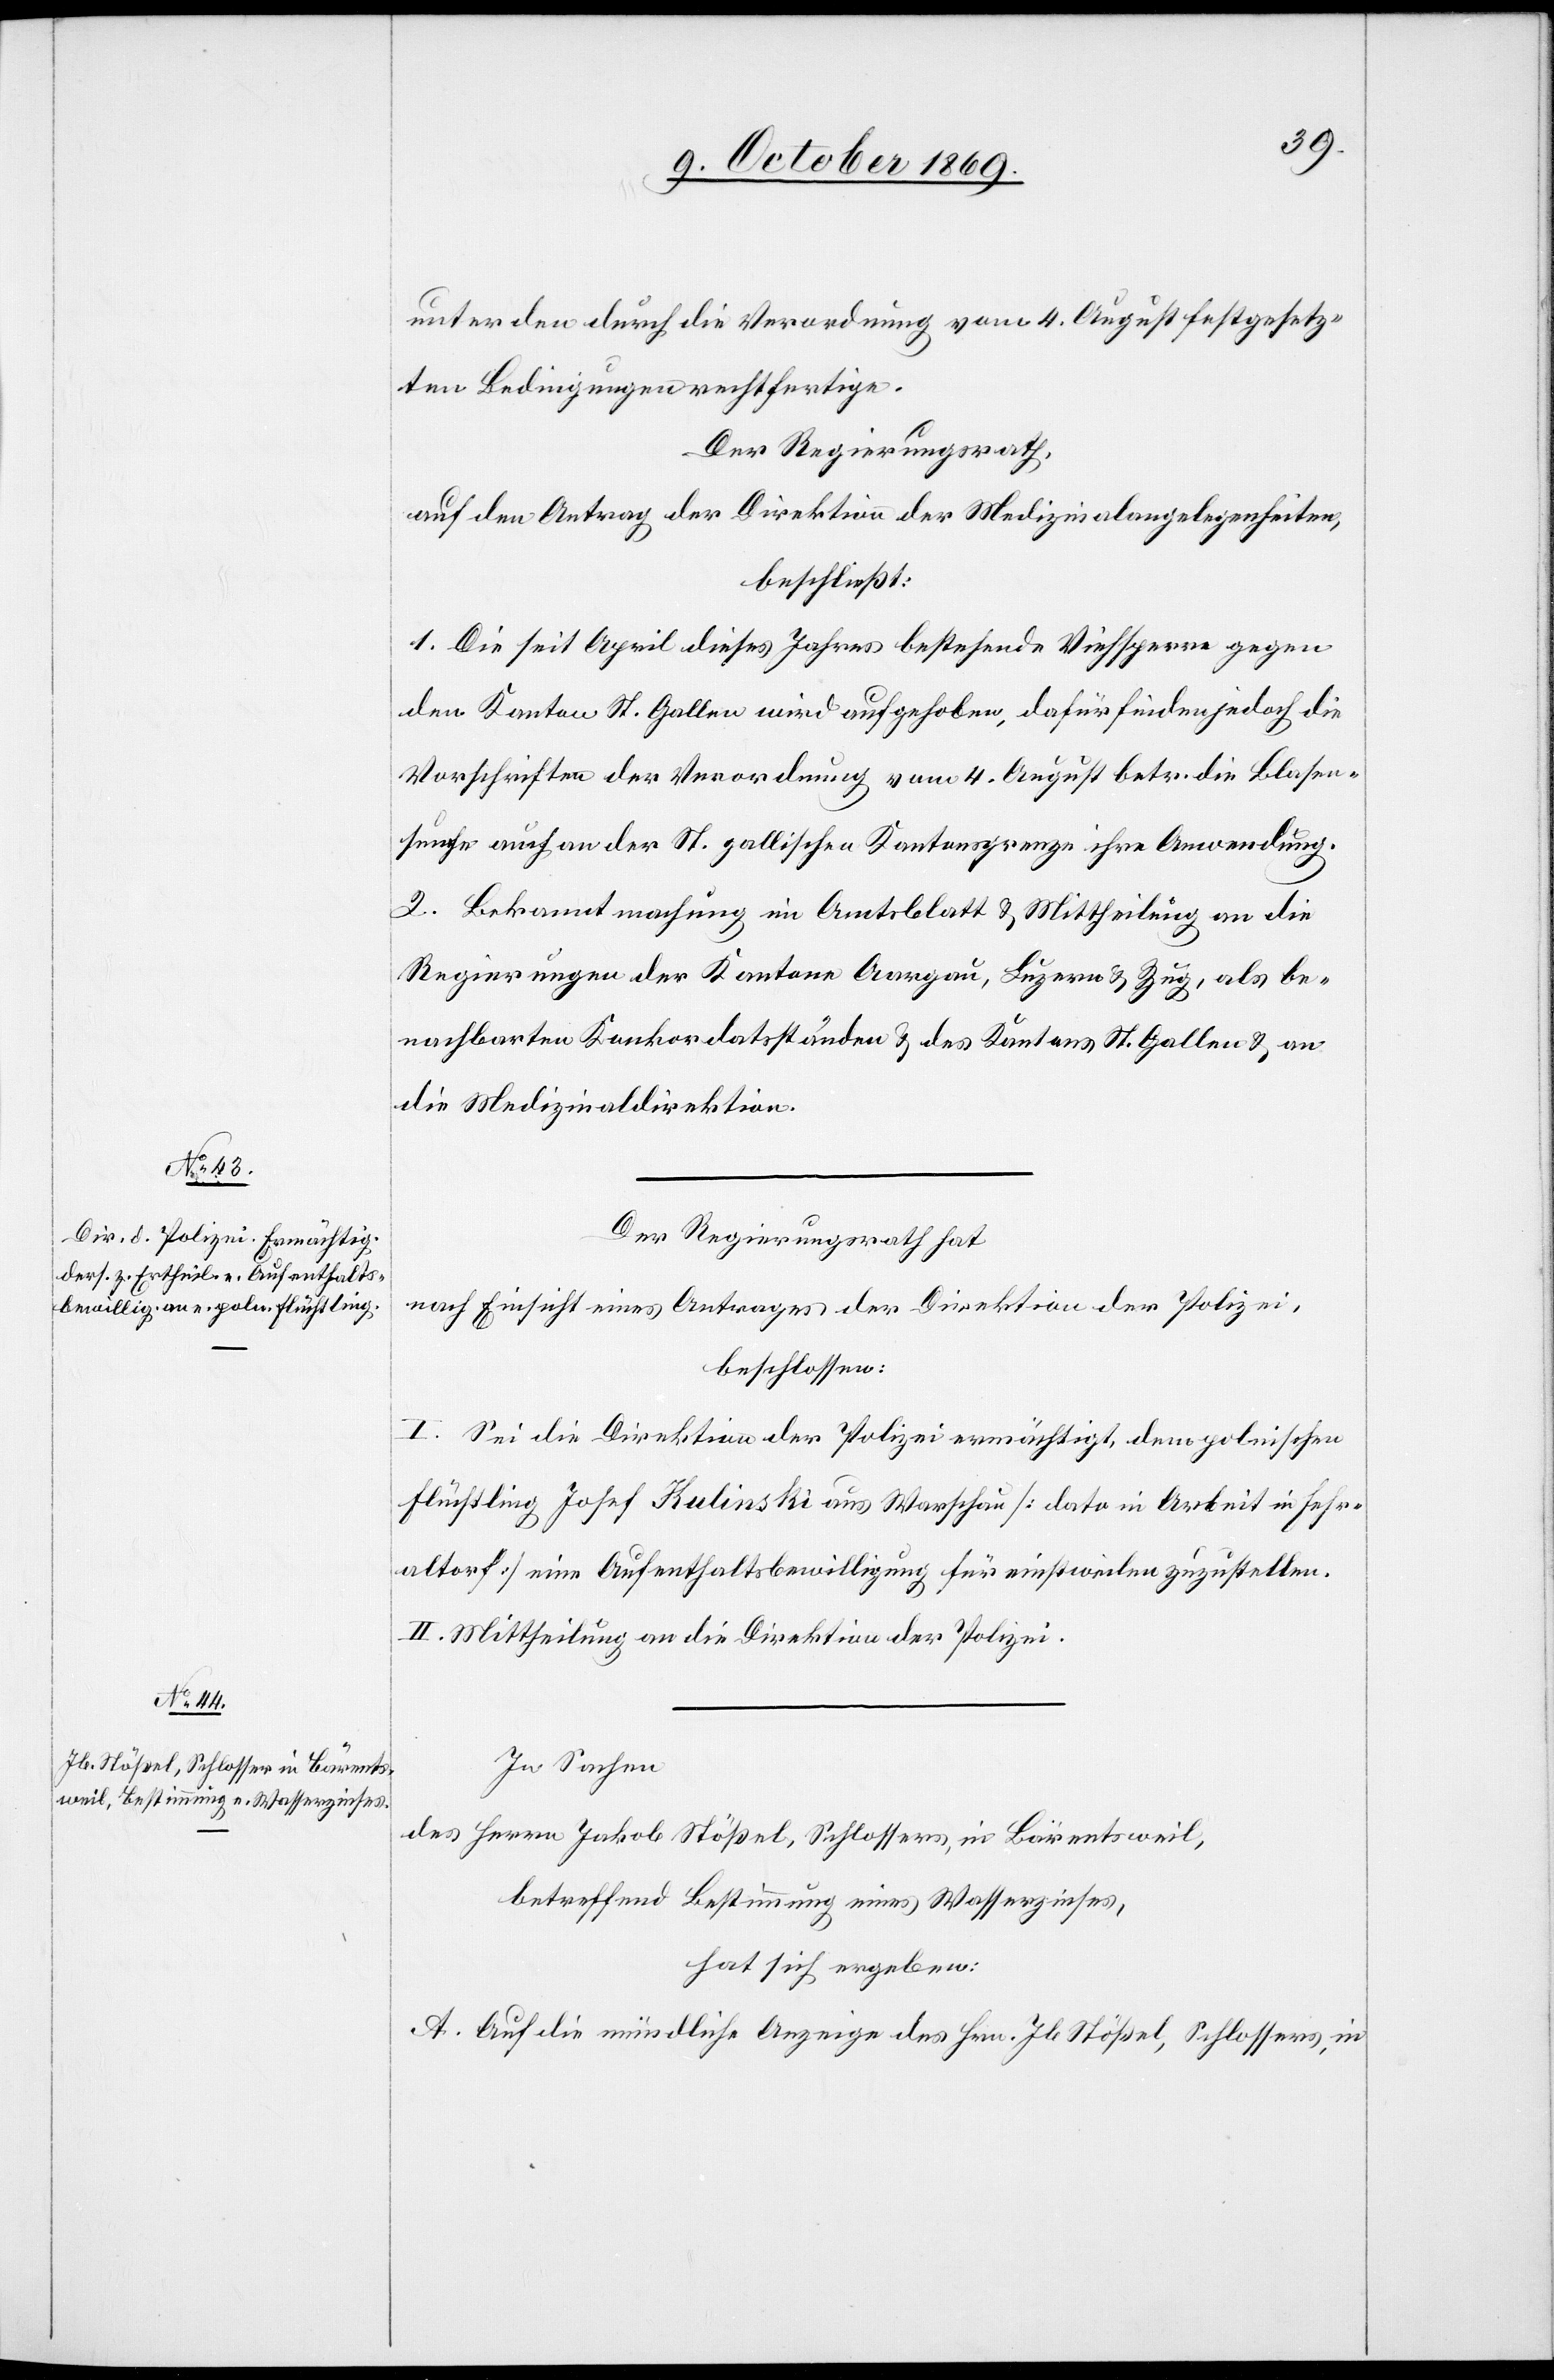
unter den durch die Verordnung vom 4. August festgesetz¬
ten Bedingungen rechtfertige.
Der Regierungsrath,
auf den Antrag der Direktion der Medizinalangelegenheiten,
beschließt:
1. Die seit April dieses Jahres bestehende Viehsperre gegen
den Kanton St. Gallen wird aufgehoben, dafür finden jedoch die
Vorschriften der Verordnung vom 4. August betr. die Blasen¬
seuche auch an der St. gallischen Kantonsgrenze ihre Anwendung.
2. Bekanntmachung im Amtsblatt & Mittheilung an die
Regierungen der Kantone Aargau, Luzern & Zug, als be¬
nachbarten Konkordatsständen & des Kantons St. Gallen & an
die Medizinaldirektion.
Der Regierungsrath hat
nach Einsicht eines Antrages der Direktion der Polizei,
beschlossen:
I. Sei die Direktion der Polizei ermächtigt, dem polnischen
Flüchtling Josef Kulinski aus Warschau [dato in Arbeit in Fehr¬
altorf] eine Aufenthaltsbewilligung für einstweilen zuzustellen.
II. Mittheilung an die Direktion der Polizei.
In Sachen
des Herrn Jakob Stößel, Schlossers, in Bärentsweil,
betreffend Bestimmung eines Wasserzinses,
hat sich ergeben:
A. Auf die mündliche Anzeige des Hrn. Jb. Stößel, Schlossers, in